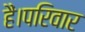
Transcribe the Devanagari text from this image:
हैं।परिवार